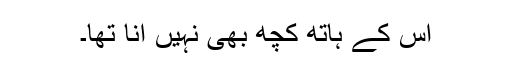
اس کے ہاتھ کچھ بھی نہیں آنا تھا۔